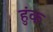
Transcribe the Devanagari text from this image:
हुंक